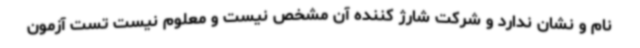
نام و نشان ندارد و شرکت شارژ کننده آن مشخص نیست و معلوم نیست تست آزمون